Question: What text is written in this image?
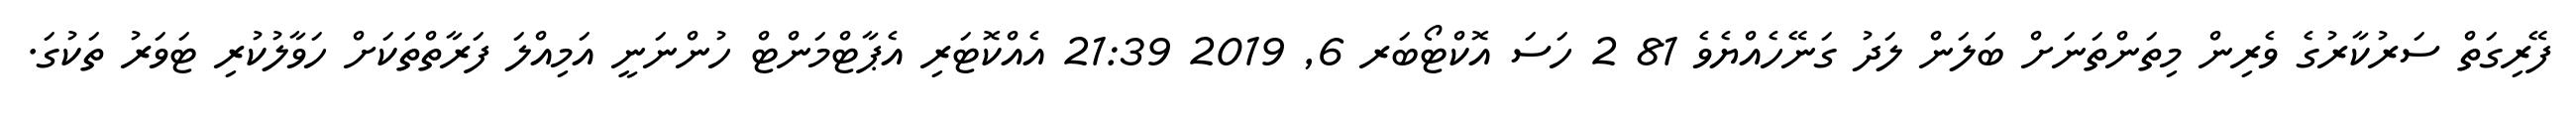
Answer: ފޭރިގަތް ސަރުކާރުގެ ވެރިން މިތަންތަނަށް ބަލަން ލަދު ގަނޭހެއްޔެވެ 81 2 ހަސަ އޮކްޓޯބަރ 6, 2019 21:39 އެއްކޮޓަރި އެޕާޓްމަންޓް ހުންނަނީ އަމިއްލަ ފަރާތްތަކަށް ހަވާލުކުރި ޓަވަރު ތަކުގަ.